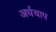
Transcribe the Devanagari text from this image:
अर्धचाप